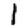
Digit: 1